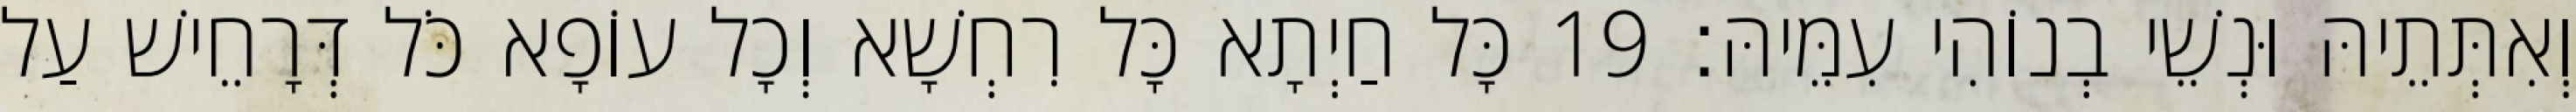
וְאִתְּתֵיהּ וּנְשֵׁי בְנוֹהִי עִמֵּיהּ׃ 19 כָּל חַיְתָא כָּל רִחְשָׁא וְכָל עוֹפָא כֹּל דְּרָחֵישׁ עַל